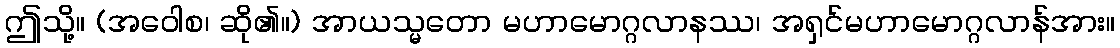
ဤသို့။ (အဝေါစ၊ ဆို၏။) အာယသ္မတော မဟာမောဂ္ဂလာနဿ၊ အရှင်မဟာမောဂ္ဂလာန်အား။